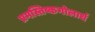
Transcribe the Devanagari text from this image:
प्रमस्तिष्कगोलार्ध